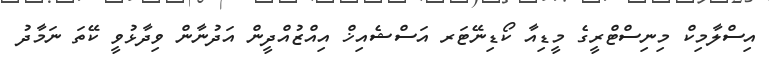
އިސްލާމިކް މިނިސްޓްރީގެ މީޑިއާ ކޯޑިނޭޓަރ އަސްޝެއިޚް އިއްޒުއްދީން އަދުނާން ވިދާޅުވީ ކޭތަ ނަމާދު